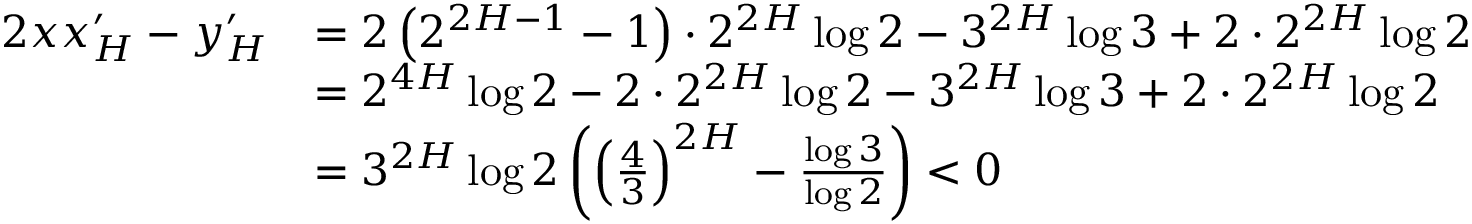
\begin{array} { r l } { 2 x x _ { H } ^ { \prime } - y _ { H } ^ { \prime } } & { = 2 \left( 2 ^ { 2 H - 1 } - 1 \right) \cdot 2 ^ { 2 H } \log 2 - 3 ^ { 2 H } \log 3 + 2 \cdot 2 ^ { 2 H } \log 2 } \\ & { = 2 ^ { 4 H } \log 2 - 2 \cdot 2 ^ { 2 H } \log 2 - 3 ^ { 2 H } \log 3 + 2 \cdot 2 ^ { 2 H } \log 2 } \\ & { = 3 ^ { 2 H } \log 2 \left( \left( \frac 4 3 \right) ^ { 2 H } - \frac { \log 3 } { \log 2 } \right) < 0 } \end{array}